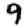
Digit: 9